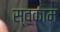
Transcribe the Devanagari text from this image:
स्वकाम